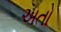
અતો